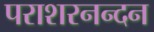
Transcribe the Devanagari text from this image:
पराशरनन्दन